Leaving Certificate Examination (including Day School Certificate (Higher) General paper), 1937
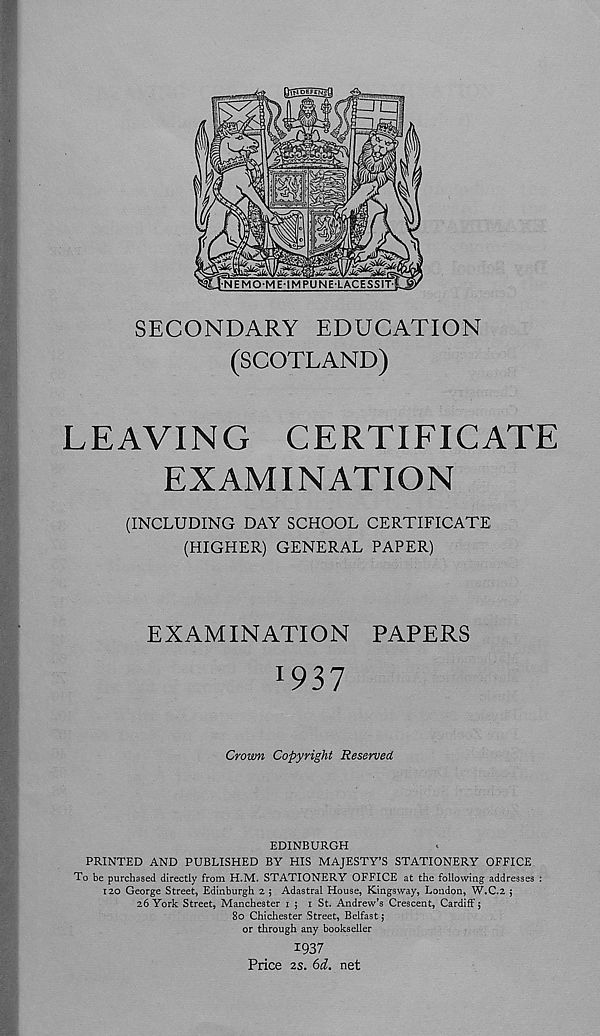
SECONDARY EDUCATION
(SCOTLAND)
LEAVING CERTIFICATE
EXAMINATION
(INCLUDING DAY SCHOOL CERTIFICATE
(HIGHER) GENERAL PAPER)
EXAMINATION PAPERS
Crown Copyright Reserved
EDINBURGH
PRINTED AND PUBLISHED BY HIS MAJESTY’S STATIONERY OFFICE
To be purchased directly from H.M. STATIONERY OFFICE at the following addresses :
120 George Street, Edinburgh 2 $ Adastral House, Kingsway, London, W.C.2 j
26 York Street, Manchester 1 ; 1 St. Andrew’s Crescent, Cardiff;
80 Chichester Street, Belfast;
or through any bookseller
1937
Price 2s. 6d. net